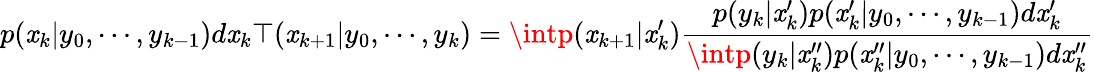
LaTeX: p(\mathit{x}_{k}|y_{0},\cdots,y_{k-1})d\mathit{x}_{k}\top(\mathit{x}_{k+1}|y_{0},\cdots,y_{k})=\intp(\mathit{x}_{k+1}|\mathit{x}_{k}^{\prime}){\frac{{p(y_{k}|\mathit{x}_{k}^{\prime})p(\mathit{x}_{k}^{\prime}|y_{0},\cdots,y_{k-1})d\mathit{x}_{k}^{\prime}}}{{\intp(y_{k}|\mathit{x}_{k}^{\prime\prime})p(\mathit{x}_{k}^{\prime\prime}|y_{0},\cdots,y_{k-1})d\mathit{x}_{k}^{\prime\prime}}}}